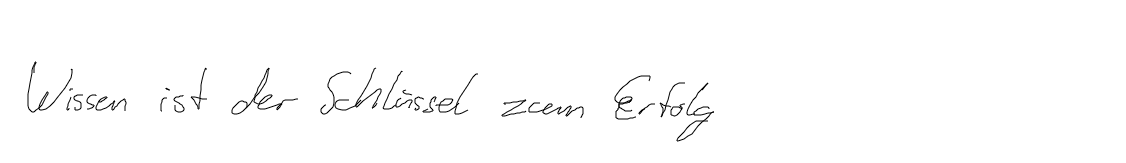
Wissen ist der Schlüssel zum Erfolg.